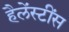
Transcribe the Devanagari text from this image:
हैलेंस्टींस